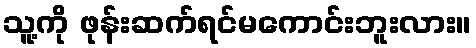
သူ့ကို ဖုန်းဆက်ရင်မကောင်းဘူးလား။